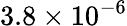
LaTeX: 3.8\times 10^{-6}